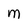
Character: M